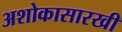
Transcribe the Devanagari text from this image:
अशोकासारखी